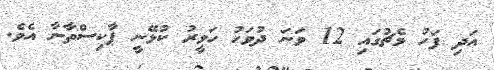
އަދި ފަހު މެޗުގައި 12 ވަނަ ދުވަހު ހަވީރު ކުޅޭނީ ޕާކިސްތާނާ އެވެ.